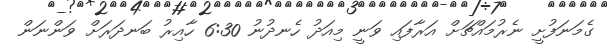
ގެމަނަފުށީ ނެރުމައްޗަށް އަރާފައި ވަނީ މިއަދު ހެނދުނު 6:30 ހާއިރު ބަނދަރަށް ވަންނަން